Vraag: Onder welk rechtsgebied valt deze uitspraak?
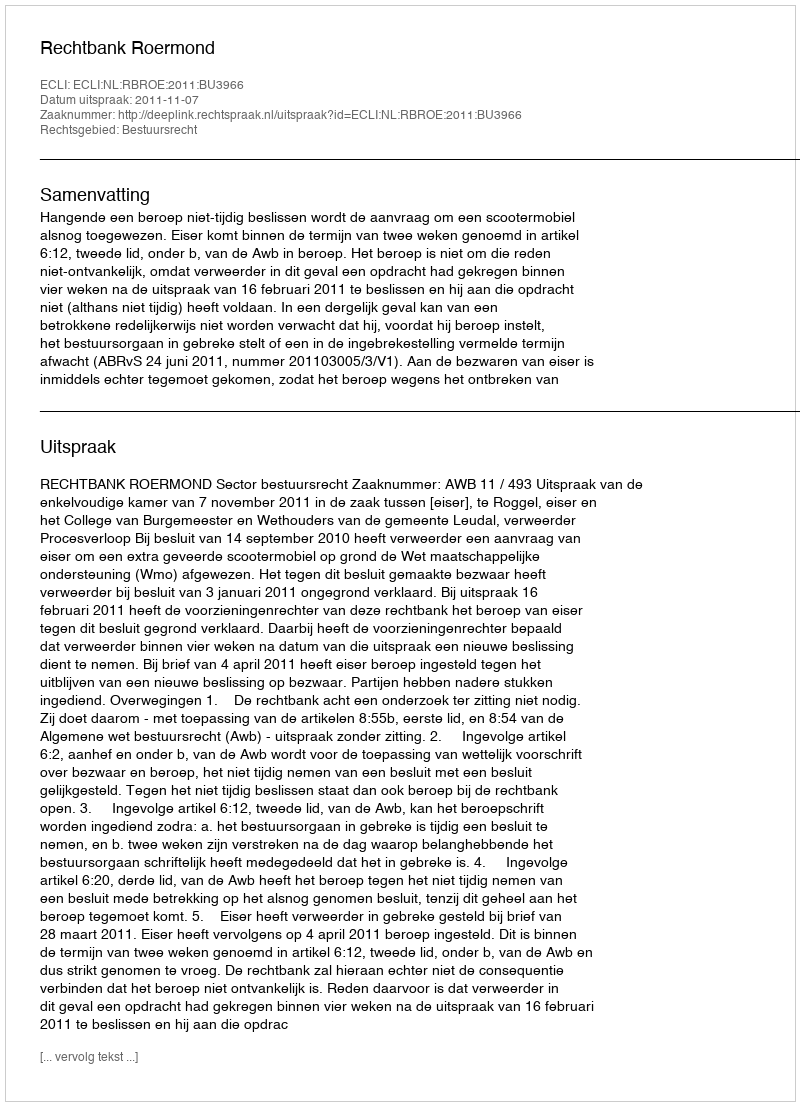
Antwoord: Bestuursrecht